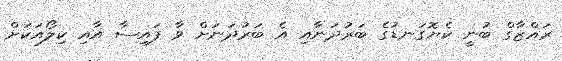
ރައްޒާގް ބުނީ ކެޔޮގަނޑުގެ ބަރުދަނާއި އެ ބަރުދަނަށް ވާ ފައިސާ އާއި ކިލޯއަކަށް